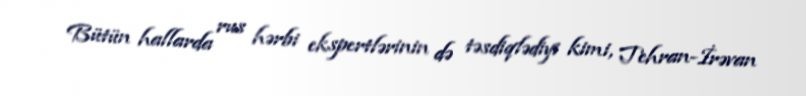
Bütün hallarda rus hərbi ekspertlərinin də təsdiqlədiyi kimi, Tehran-İrəvan